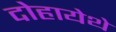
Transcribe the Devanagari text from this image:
दोहायेथे